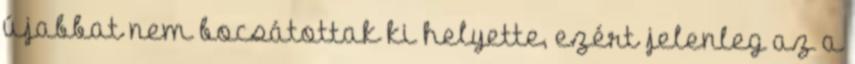
újabbat nem bocsátottak ki helyette, ezért jelenleg az a